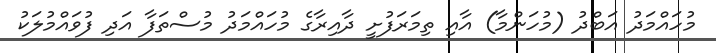
މުހައްމަދު އަބްދު (މުހަންމާ) އާއި ތިމަރަފުށީ ދާއިރާގެ މުހައްމަދު މުސްތަފާ އަދި ފުވައްމުލަކު